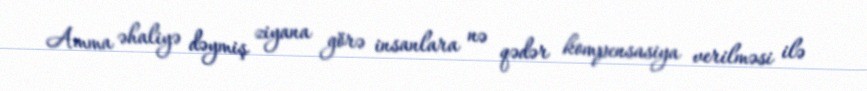
Amma əhaliyə dəymiş ziyana görə insanlara nə qədər kompensasiya verilməsi ilə